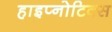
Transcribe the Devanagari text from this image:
हाइप्नोटिक्स